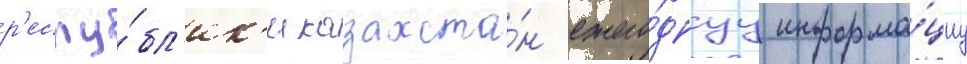
р'еспу́бл'ик'и казахста́н ежего́днуу информа́циу